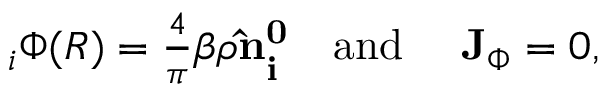
\begin{array} { r } { { \bf \nabla } _ { i } \Phi ( R ) = \frac { 4 } { \pi } \beta \rho { \bf \hat { n } _ { i } ^ { 0 } } \ \ \ \mathrm { a n d } \ \ \ \ { \bf J } _ { \Phi } = 0 , } \end{array}